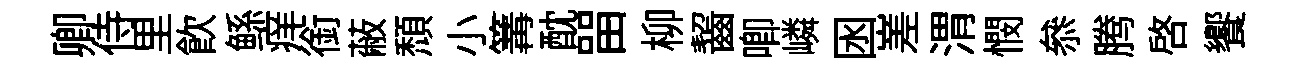
卿侍里飮鲧痒銜蔽頹小篝酖㽞柳齧唧嶙囦嵳渭憫叅腾啓饗